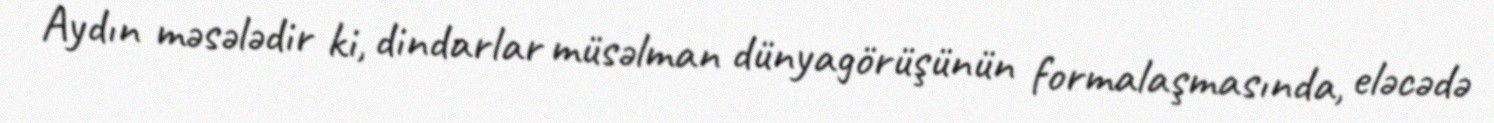
Aydın məsələdir ki, dindarlar müsəlman dünyagörüşünün formalaşmasında, eləcədə